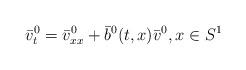
LaTeX: \begin{align*} \bar v^0_t=\bar v^0_{xx}+\bar b^0(t,x)\bar v^0,x\in S^1 \end{align*}